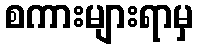
စကားများရာမှ